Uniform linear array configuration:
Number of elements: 16
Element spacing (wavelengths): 1
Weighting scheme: uniform
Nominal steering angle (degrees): -15
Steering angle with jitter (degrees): -13.299
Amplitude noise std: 0.05
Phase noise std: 0.05

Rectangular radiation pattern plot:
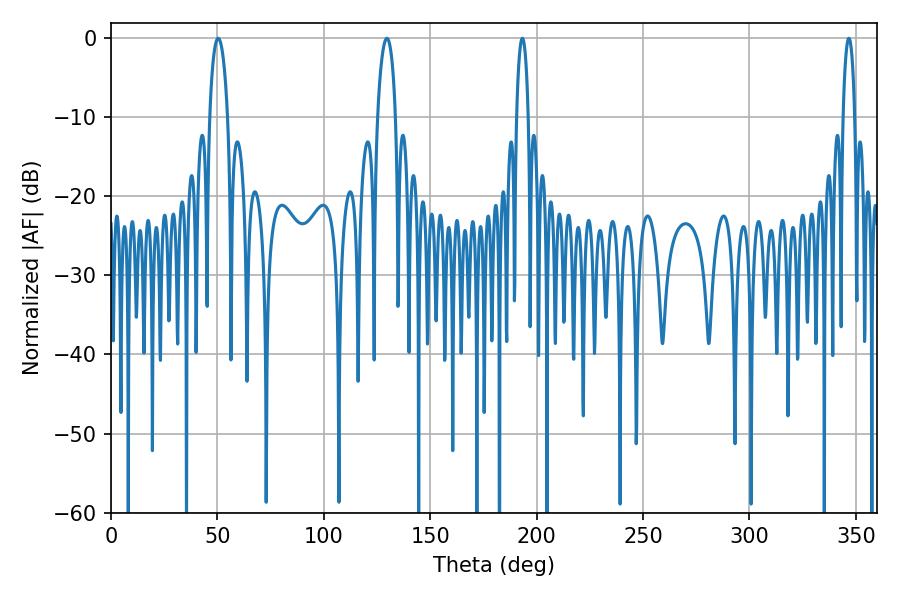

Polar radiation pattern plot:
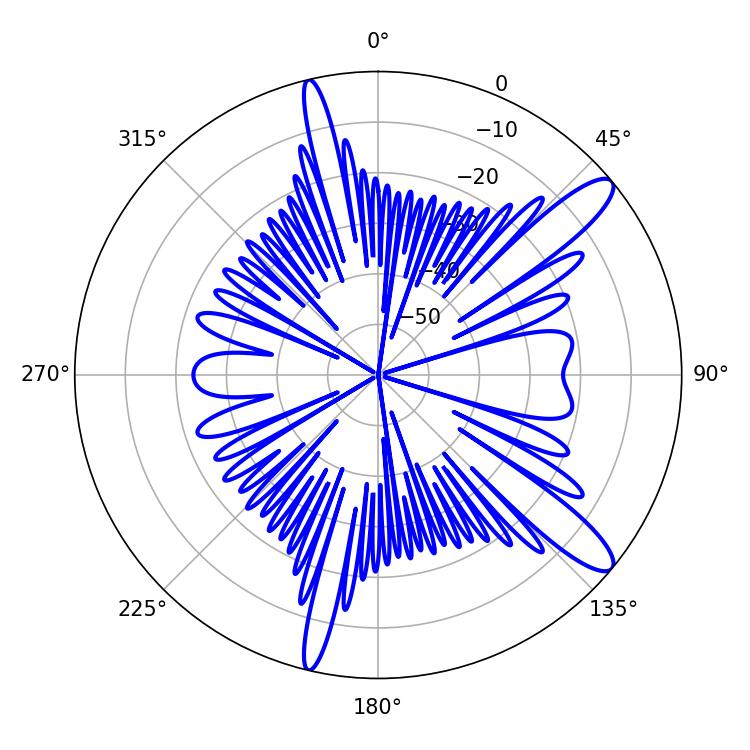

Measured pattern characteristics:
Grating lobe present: TRUE
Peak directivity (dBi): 12.252
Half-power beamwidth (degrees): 3.06
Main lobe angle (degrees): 193.32